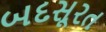
બદસૂરત